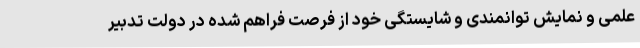
علمی و نمایش توانمندی و شایستگی خود از فرصت فراهم شده در دولت تدبیر